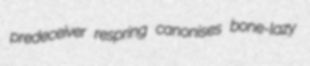
predeceiver respring canonises bone-lazy